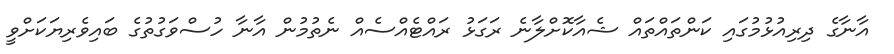
އާނާގެ ދިރިއުޅުމުގައި ކަންތައްތައް ޝެއާކޮށްލާނެ ރަގަޅު ރައްޓެއްސެއް ނެތުމުން އާނާ ހުސްވަގުތުގެ ބައިވެރިޔަކަށްވީ